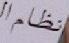
نظام